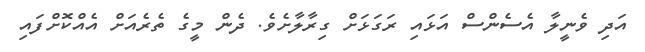
އަދި ވެނީލާ އެސެންސް އަޅައި ރަގަޅަށް ގިރާލާށެވެ. ދެން މީގެ ތެރެއަށް އެއްކޮށްފައި